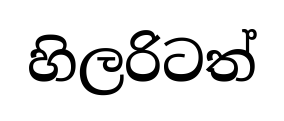
හිලරිටත්